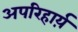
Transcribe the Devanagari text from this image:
अपरिहार्य़